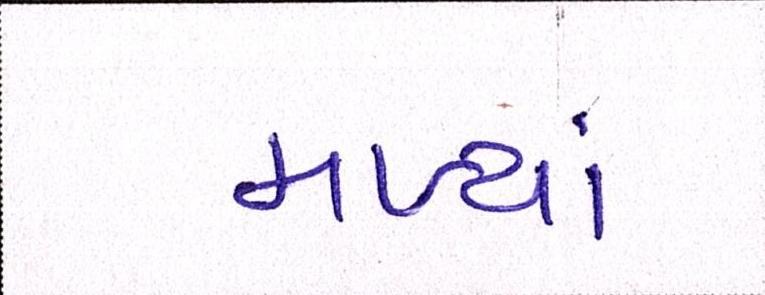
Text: મળ્યાં